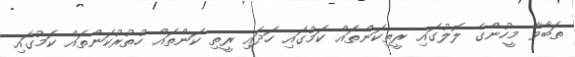
ތަބާވާ މީހުންގެ ލޮލުގައި ރީތިކަންތައް ކަމުގައި ހަދައި ރީތި ކަންތައް ހުތުރުކަންތައް ކަމުގައި